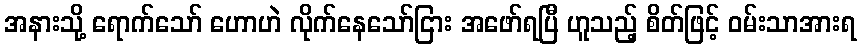
အနားသို့ ရောက်သော် ဟောဟဲ လိုက်နေသော်ငြား အဖော်ရပြီ ဟူသည့် စိတ်ဖြင့် ဝမ်းသာအားရ